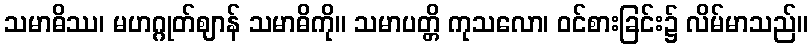
သမာဓိဿ၊ မဟဂ္ဂုတ်ဈာန် သမာဓိကို။ သမာပတ္တိ ကုသလော၊ ဝင်စားခြင်း၌ လိမ်မာသည်။